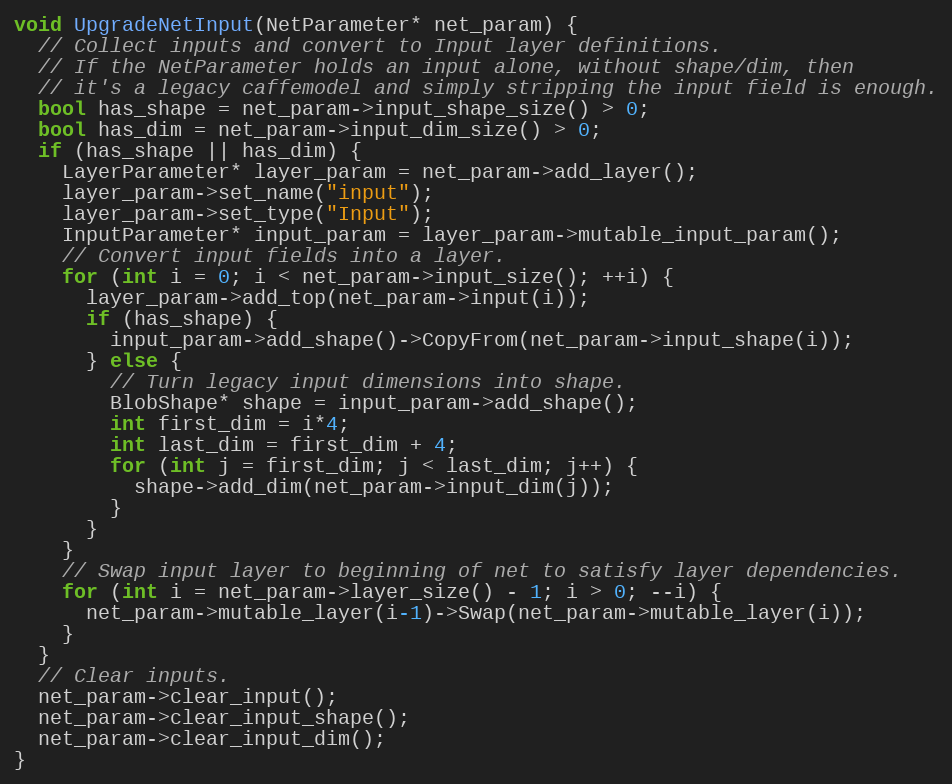
Language: C++
void UpgradeNetInput(NetParameter* net_param) {
  // Collect inputs and convert to Input layer definitions.
  // If the NetParameter holds an input alone, without shape/dim, then
  // it's a legacy caffemodel and simply stripping the input field is enough.
  bool has_shape = net_param->input_shape_size() > 0;
  bool has_dim = net_param->input_dim_size() > 0;
  if (has_shape || has_dim) {
    LayerParameter* layer_param = net_param->add_layer();
    layer_param->set_name("input");
    layer_param->set_type("Input");
    InputParameter* input_param = layer_param->mutable_input_param();
    // Convert input fields into a layer.
    for (int i = 0; i < net_param->input_size(); ++i) {
      layer_param->add_top(net_param->input(i));
      if (has_shape) {
        input_param->add_shape()->CopyFrom(net_param->input_shape(i));
      } else {
        // Turn legacy input dimensions into shape.
        BlobShape* shape = input_param->add_shape();
        int first_dim = i*4;
        int last_dim = first_dim + 4;
        for (int j = first_dim; j < last_dim; j++) {
          shape->add_dim(net_param->input_dim(j));
        }
      }
    }
    // Swap input layer to beginning of net to satisfy layer dependencies.
    for (int i = net_param->layer_size() - 1; i > 0; --i) {
      net_param->mutable_layer(i-1)->Swap(net_param->mutable_layer(i));
    }
  }
  // Clear inputs.
  net_param->clear_input();
  net_param->clear_input_shape();
  net_param->clear_input_dim();
}